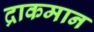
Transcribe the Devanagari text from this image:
द्राकमान